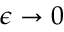
\epsilon \rightarrow 0